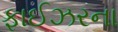
ફાઈઝરના